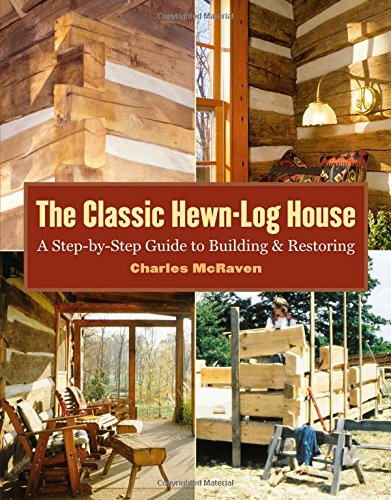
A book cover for The Classic Hewn-Log House: A Step-by-Step Guide to Building and Restoring; Charles McRaven; Crafts, Hobbies & Home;